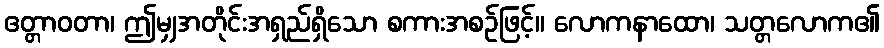
ဧတ္တာဝတာ၊ ဤမျှအတိုင်းအရှည်ရှိသော စကားအစဉ်ဖြင့်။ လောကနာထော၊ သတ္တလောက၏